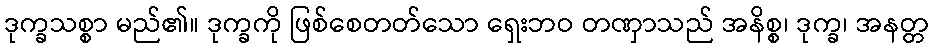
ဒုက္ခသစ္စာ မည်၏။ ဒုက္ခကို ဖြစ်စေတတ်သော ရှေးဘဝ တဏှာသည် အနိစ္စ၊ ဒုက္ခ၊ အနတ္တ